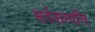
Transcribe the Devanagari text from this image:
सर्वसम्पत्ति